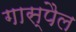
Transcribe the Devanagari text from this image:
गास्पैल